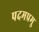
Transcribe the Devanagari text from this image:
पदमप्रमु